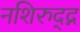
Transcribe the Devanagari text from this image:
नशिरुद्द्न